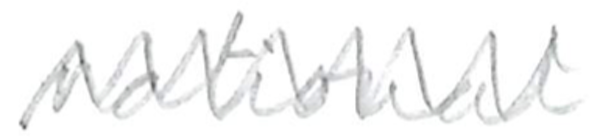
Text: national
Cross-out: zig-zag
Writing tool: pencil